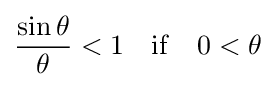
{\frac {\sin \theta }{\theta }}<1\ \ \ \mathrm {if} \ \ \ 0<\theta